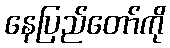
နေပြည်တော်ကို